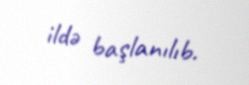
ildə başlanılıb.